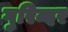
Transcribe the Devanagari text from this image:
गुरिन्दर